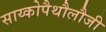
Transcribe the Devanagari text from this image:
साय्कोपैथौलौजी